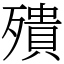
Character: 殨